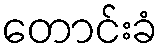
တောင်းခံ